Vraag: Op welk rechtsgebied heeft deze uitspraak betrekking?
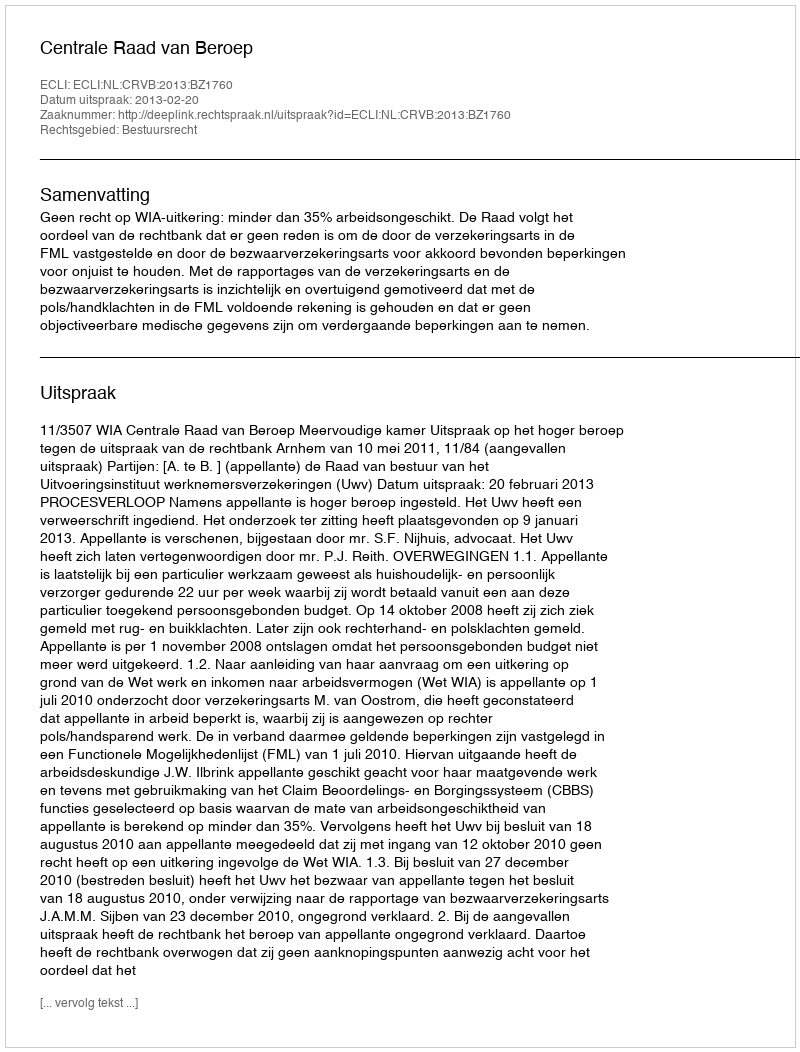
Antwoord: Bestuursrecht